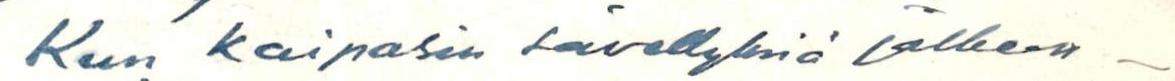
Kun kaipasin sävellyksiä jälkeen-